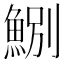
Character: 𩷤